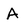
Character: A